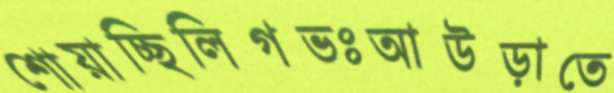
শোয়াচ্ছিলিগভঃআউড়াতে